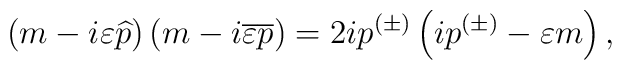
\left( m-i\varepsilon \widehat{p}\right) \left(m-i\overline{\varepsilon } \overline{p}\right) =2ip^{(\pm )}\left(ip^{(\pm )}-\varepsilon m\right) ,